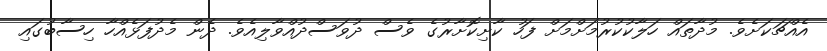
އެއްޗަކަށެވެ. މުދާތައް ހަލާކުކުރުމަށްމަށް ފަހު ކާށިކޮށާރުގެ ވެސް ދުވަސްދުއްވާލިއެވެ. ދެން މެދުފަޅެއްހާ ހިސާބުގައި